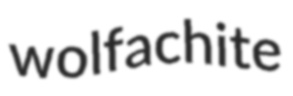
wolfachite